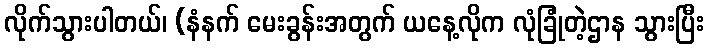
လိုက်သွားပါတယ်၊ (နံနက် မေးခွန်းအတွက် ယနေ့လိုက လုံခြုံတဲ့ဌာန သွားပြီး